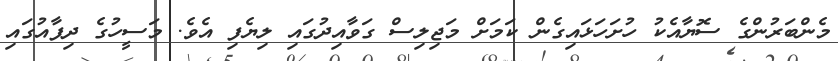
މެންބަރުންގެ ސޮޔާއެކު ހުށަހަޅައިގެން ކަމަށް މަޖިލިސް ގަވާއިދުގައި ލިޔެފި އެވެ. މަސީހުގެ ދިފާއުގައި